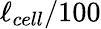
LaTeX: \ell_{cell}/100